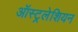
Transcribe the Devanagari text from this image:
ऑस्ट्रलेशियन